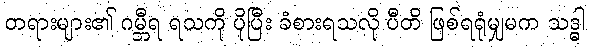
တရားများ၏ ဂမ္ဘီရ ရသကို ပိုပြီး ခံစားရသလို ပီတိ ဖြစ်ရရုံမျှမက သဒ္ဓါ